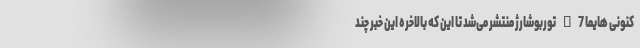
کنونی هایما S7 توربوشارژ منتشر می‌شد تا این که بالاخره این خبر چند